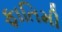
ફાતિમી